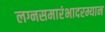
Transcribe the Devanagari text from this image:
लग्नसमारंभादरम्यान